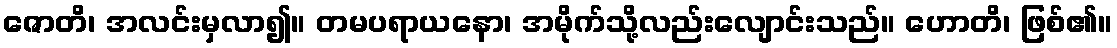
ဇောတိ၊ အလင်းမှလာ၍။ တမပရာယနော၊ အမိုက်သို့လည်းလျောင်းသည်။ ဟောတိ၊ ဖြစ်၏။